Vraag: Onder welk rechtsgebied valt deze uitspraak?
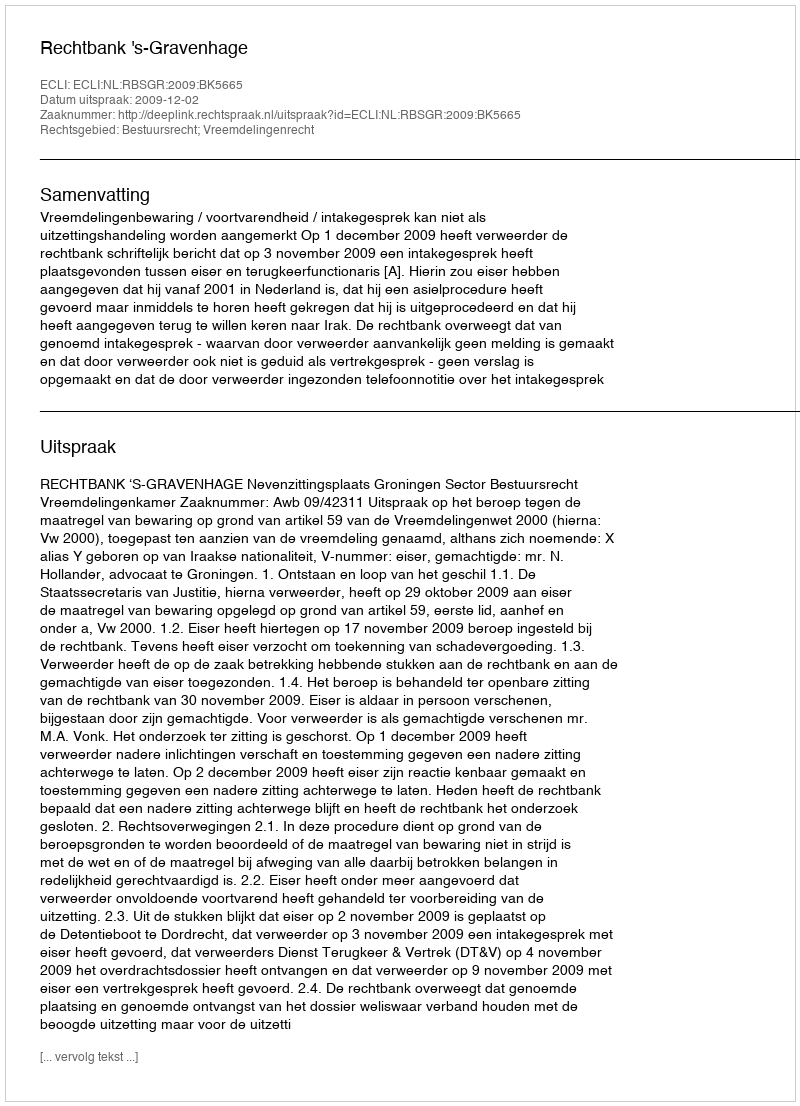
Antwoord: Bestuursrecht; Vreemdelingenrecht